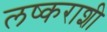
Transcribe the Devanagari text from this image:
लष्कराशी